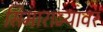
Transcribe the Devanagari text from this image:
सिमाराज्यावर